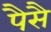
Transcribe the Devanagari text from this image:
पैसै